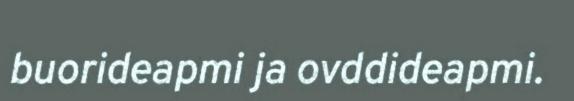
buorideapmi ja ovddideapmi.